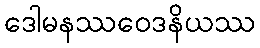
ဒေါမနဿဝေဒနိယဿ